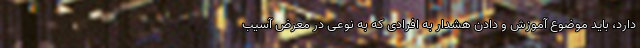
دارد، باید موضوع آموزش و دادن هشدار به افرادی که به نوعی در معرض آسیب